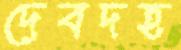
দেবদহ